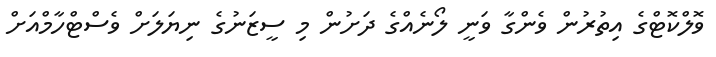
ވޮލްކޮޓްގެ އިތުރުން ވެންގާ ވަނީ ލޯނެއްގެ ދަށުން މި ސީޒަނުގެ ނިޔަލަށް ވެސްޓްހާމްއަށް